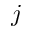
j